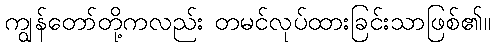
ကျွန်တော်တို့ကလည်း တမင်လုပ်ထားခြင်းသာဖြစ်၏။